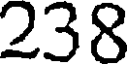
238